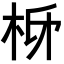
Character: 𭩩